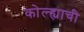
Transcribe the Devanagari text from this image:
कोल्ह्याची